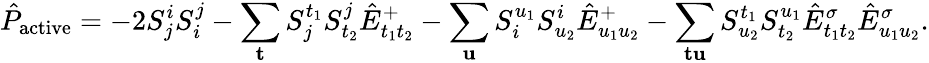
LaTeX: \hat{P}_{\mathrm{active}}=-2S_{j}^{i}S_{i}^{j}-\sum_{\mathbf{t}}S_{j}^{t_{1}}S_{t_{2}}^{j}\hat{E}_{t_{1}t_{2}}^{+}-\sum_{\mathbf{u}}S_{i}^{u_{1}}S_{u_{2}}^{i}\hat{E}_{u_{1}u_{2}}^{+}-\sum_{\mathbf{t}\mathbf{u}}S_{u_{2}}^{t_{1}}S_{t_{2}}^{u_{1}}\hat{E}_{t_{1}t_{2}}^{\sigma}\hat{E}_{u_{1}u_{2}}^{\sigma}.